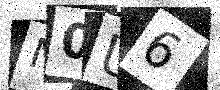
Text: N0U6